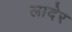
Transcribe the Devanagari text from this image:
लादेर